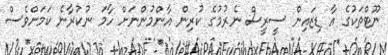
ނޫޓްތަކުގެ އާ ޑިޒައިން ސީރީސް ނެރުމުގެ ކުރިން އާންމުންނަށް ހާމަ ނުކުރާނެ ކަމަށްވެސް